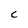
Character: c